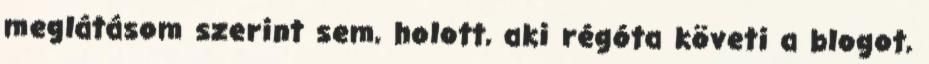
meglátásom szerint sem, holott, aki régóta követi a blogot,